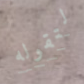
لتقوله